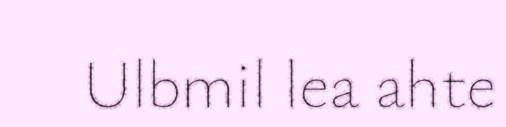
Ulbmil lea ahte